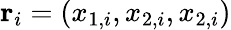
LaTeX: \mathbf{r}_{i}=(x_{1,i},x_{2,i},x_{2,i})